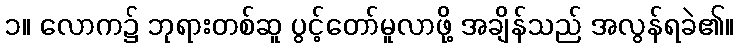
၁။ လောက၌ ဘုရားတစ်ဆူ ပွင့်တော်မူလာဖို့ အချိန်သည် အလွန်ရခဲ၏။